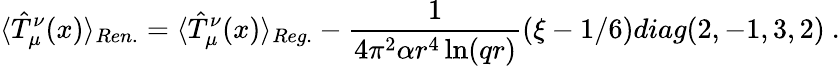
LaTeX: \langle\hat{T}_{\mu}^{\nu}(x)\rangle_{Ren.}=\langle\hat{T}_{\mu}^{\nu}(x)\rangle_{Reg.}-\frac 1{4\pi^{2}\alpha r^{4}\ln(qr)}(\xi-1/6)diag(2,-1,3,2)\ .